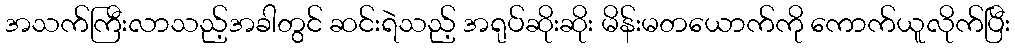
အသက်ကြီးလာသည့်အခါတွင် ဆင်းရဲသည့် အရုပ်ဆိုးဆိုး မိန်းမတယောက်ကို ကောက်ယူလိုက်ပြီး